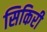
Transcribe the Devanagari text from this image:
सिकिरी